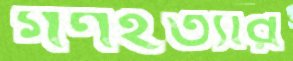
গণহত্যার